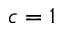
c = 1